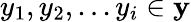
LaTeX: y_{1},y_{2},...y_{i}\in\textbf{y}